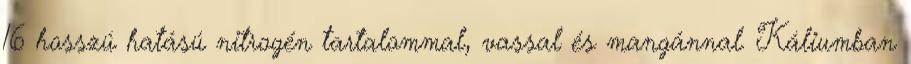
16 hosszú hatású nitrogén tartalommal, vassal és mangánnal. Káliumban